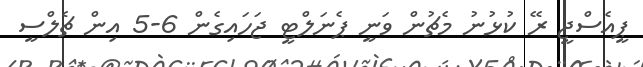
ޕީއެސްޖީ ރޭ ކުޅުނު މެޗުން ވަނީ ޕެނަލްޓީ ޖަހައިގެން 6-5 އިން ޗެލްސީ